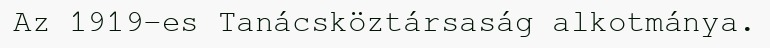
Az 1919-es Tanácsköztársaság alkotmánya.